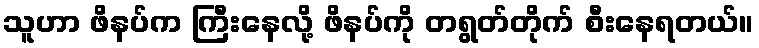
သူဟာ ဖိနပ်က ကြီးနေလို့ ဖိနပ်ကို တရွတ်တိုက် စီးနေရတယ်။